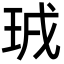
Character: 珬